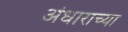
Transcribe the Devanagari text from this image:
अंधाराच्या